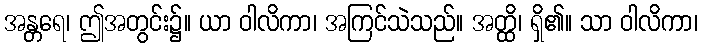
အန္တရေ၊ ဤအတွင်း၌။ ယာ ဝါလိကာ၊ အကြင်သဲသည်။ အတ္ထိ၊ ရှိ၏။ သာ ဝါလိကာ၊